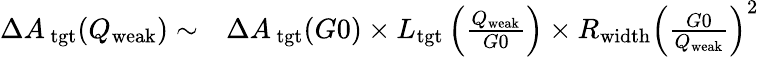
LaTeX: \begin{array}{rl}{\Delta{{A_{\, \mathrm{{tgt}}}}}(Q_{\mathrm{{weak}}})\sim}&{{}\Delta{{A_{\, \mathrm{{tgt}}}}}(G0)\times L_{\mathrm{{tgt}}}\left(\frac{Q_{\mathrm{{weak}}}}{G0}\right)\times R_{\mathrm{{width}}}\left(\frac{G0}{Q_{\mathrm{{weak}}}}\right)^{2}}\end{array}